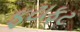
ફટાફટ